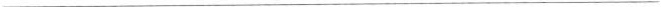
___